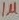
Text: 1µ